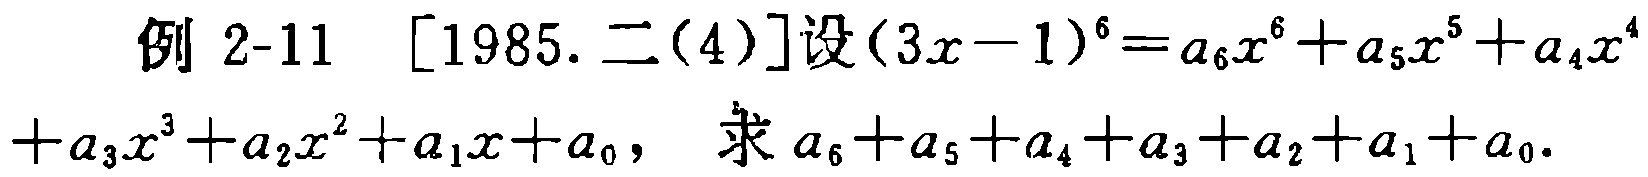
例 2-11 [1985. 二(4)]设\((3x - 1)^6 = a_6x^6 + a_5x^5 + a_4x^4 + a_3x^3 + a_2x^2 + a_1x + a_0\)，求\(a_6 + a_5 + a_4 + a_3 + a_2 + a_1 + a_0\)。